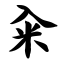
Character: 籴